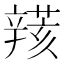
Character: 𨐮